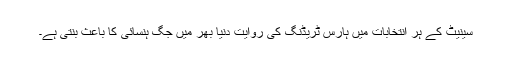
سینیٹ کے ہر انتخابات میں ہارس ٹریڈنگ کی روایت دنیا بھر میں جگ ہنسائی کا باعث بنتی ہے۔